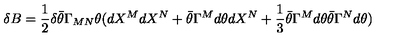
\delta B = { \frac { 1 } { 2 } } \delta \bar { \theta } \Gamma _ { M N } \theta ( d X ^ { M } d X ^ { N } + \bar { \theta } \Gamma ^ { M } d \theta d X ^ { N } + { \frac { 1 } { 3 } } \bar { \theta } \Gamma ^ { M } d \theta \bar { \theta } \Gamma ^ { N } d \theta )